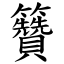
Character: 籫